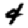
Digit: 4